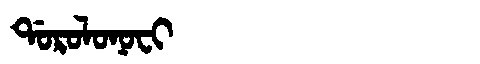
Manchu: ᡩᠣᡵᠣᠯᠣᠨᠣᠸᡳ
Romanization: DOROLONOFI